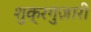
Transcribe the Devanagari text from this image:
शुक्रगुज़ारी